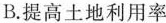
B.提高土地利用率